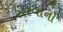
સરવાનો